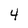
Character: 4